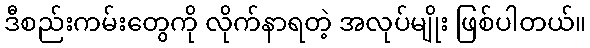
ဒီစည်းကမ်းတွေကို လိုက်နာရတဲ့ အလုပ်မျိုး ဖြစ်ပါတယ်။